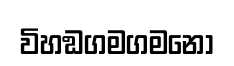
විහඞගමගමනො